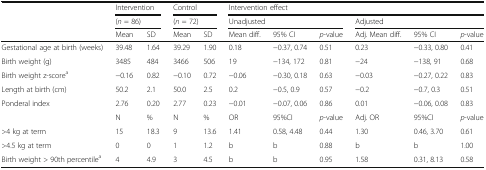
| <ROWSPAN=2>  | <COLSPAN=2> Intervention | <COLSPAN=2> Control | <COLSPAN=6> Intervention effect |
 | <COLSPAN=2> (n = 86) | <COLSPAN=2> (n = 72) | <COLSPAN=3> Unadjusted | <COLSPAN=3> Adjusted |
 |  | Mean | SD | Mean | SD | Mean diff. | 95% CI | p-value | Adj. Mean diff. | 95% CI | p-value |
 | --- | --- | --- | --- | --- | --- | --- | --- | --- | --- | --- |
 | Gestational age at birth (weeks) | 39.48 | 1.64 | 39.29 | 1.90 | 0.18 | −0.37, 0.74 | 0.51 | 0.23 | −0.33, 0.80 | 0.41 |
 | Birth weight (g) | 3485 | 484 | 3466 | 506 | 19 | −134, 172 | 0.81 | −24 | −138, 91 | 0.68 |
 | Birth weight z-scorea | −0.16 | 0.82 | −0.10 | 0.72 | −0.06 | −0.30, 0.18 | 0.63 | −0.03 | −0.27, 0.22 | 0.83 |
 | Length at birth (cm) | 50.2 | 2.1 | 50.0 | 2.5 | 0.2 | −0.5, 0.9 | 0.57 | −0.2 | −0.7, 0.3 | 0.51 |
 | Ponderal index | 2.76 | 0.20 | 2.77 | 0.23 | −0.01 | −0.07, 0.06 | 0.86 | 0.01 | −0.06, 0.08 | 0.83 |
 |  | N | % | N | % | OR | 95%CI | p-value | Adj. OR | 95%CI | p-value |
 | >4 kg at term | 15 | 18.3 | 9 | 13.6 | 1.41 | 0.58, 4.48 | 0.44 | 1.30 | 0.46, 3.70 | 0.61 |
 | >4.5 kg at term | 0 | 0 | 1 | 1.2 | b | b | 0.88 | b | b | 1.00 |
 | Birth weight > 90th percentilea | 4 | 4.9 | 3 | 4.5 | b | b | 0.95 | 1.58 | 0.31, 8.13 | 0.58 |